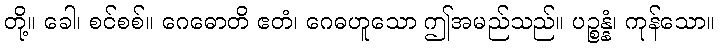
တို့။ ခေါ၊ စင်စစ်။ ဂေဓောတိ ဧတံ၊ ဂေဓဟူသော ဤအမည်သည်။ ပဉ္စန္နံ၊ ကုန်သော။